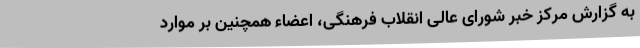
به گزارش مرکز خبر شورای عالی انقلاب فرهنگی، اعضاء همچنین بر موارد